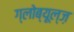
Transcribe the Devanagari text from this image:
ग्लोब्यूल्ज़